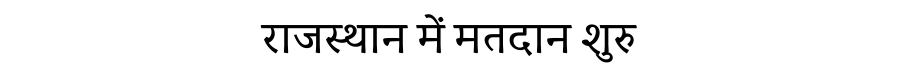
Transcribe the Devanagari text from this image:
राजस्थान में मतदान शुरु